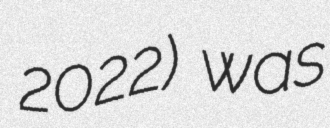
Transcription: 2022) was